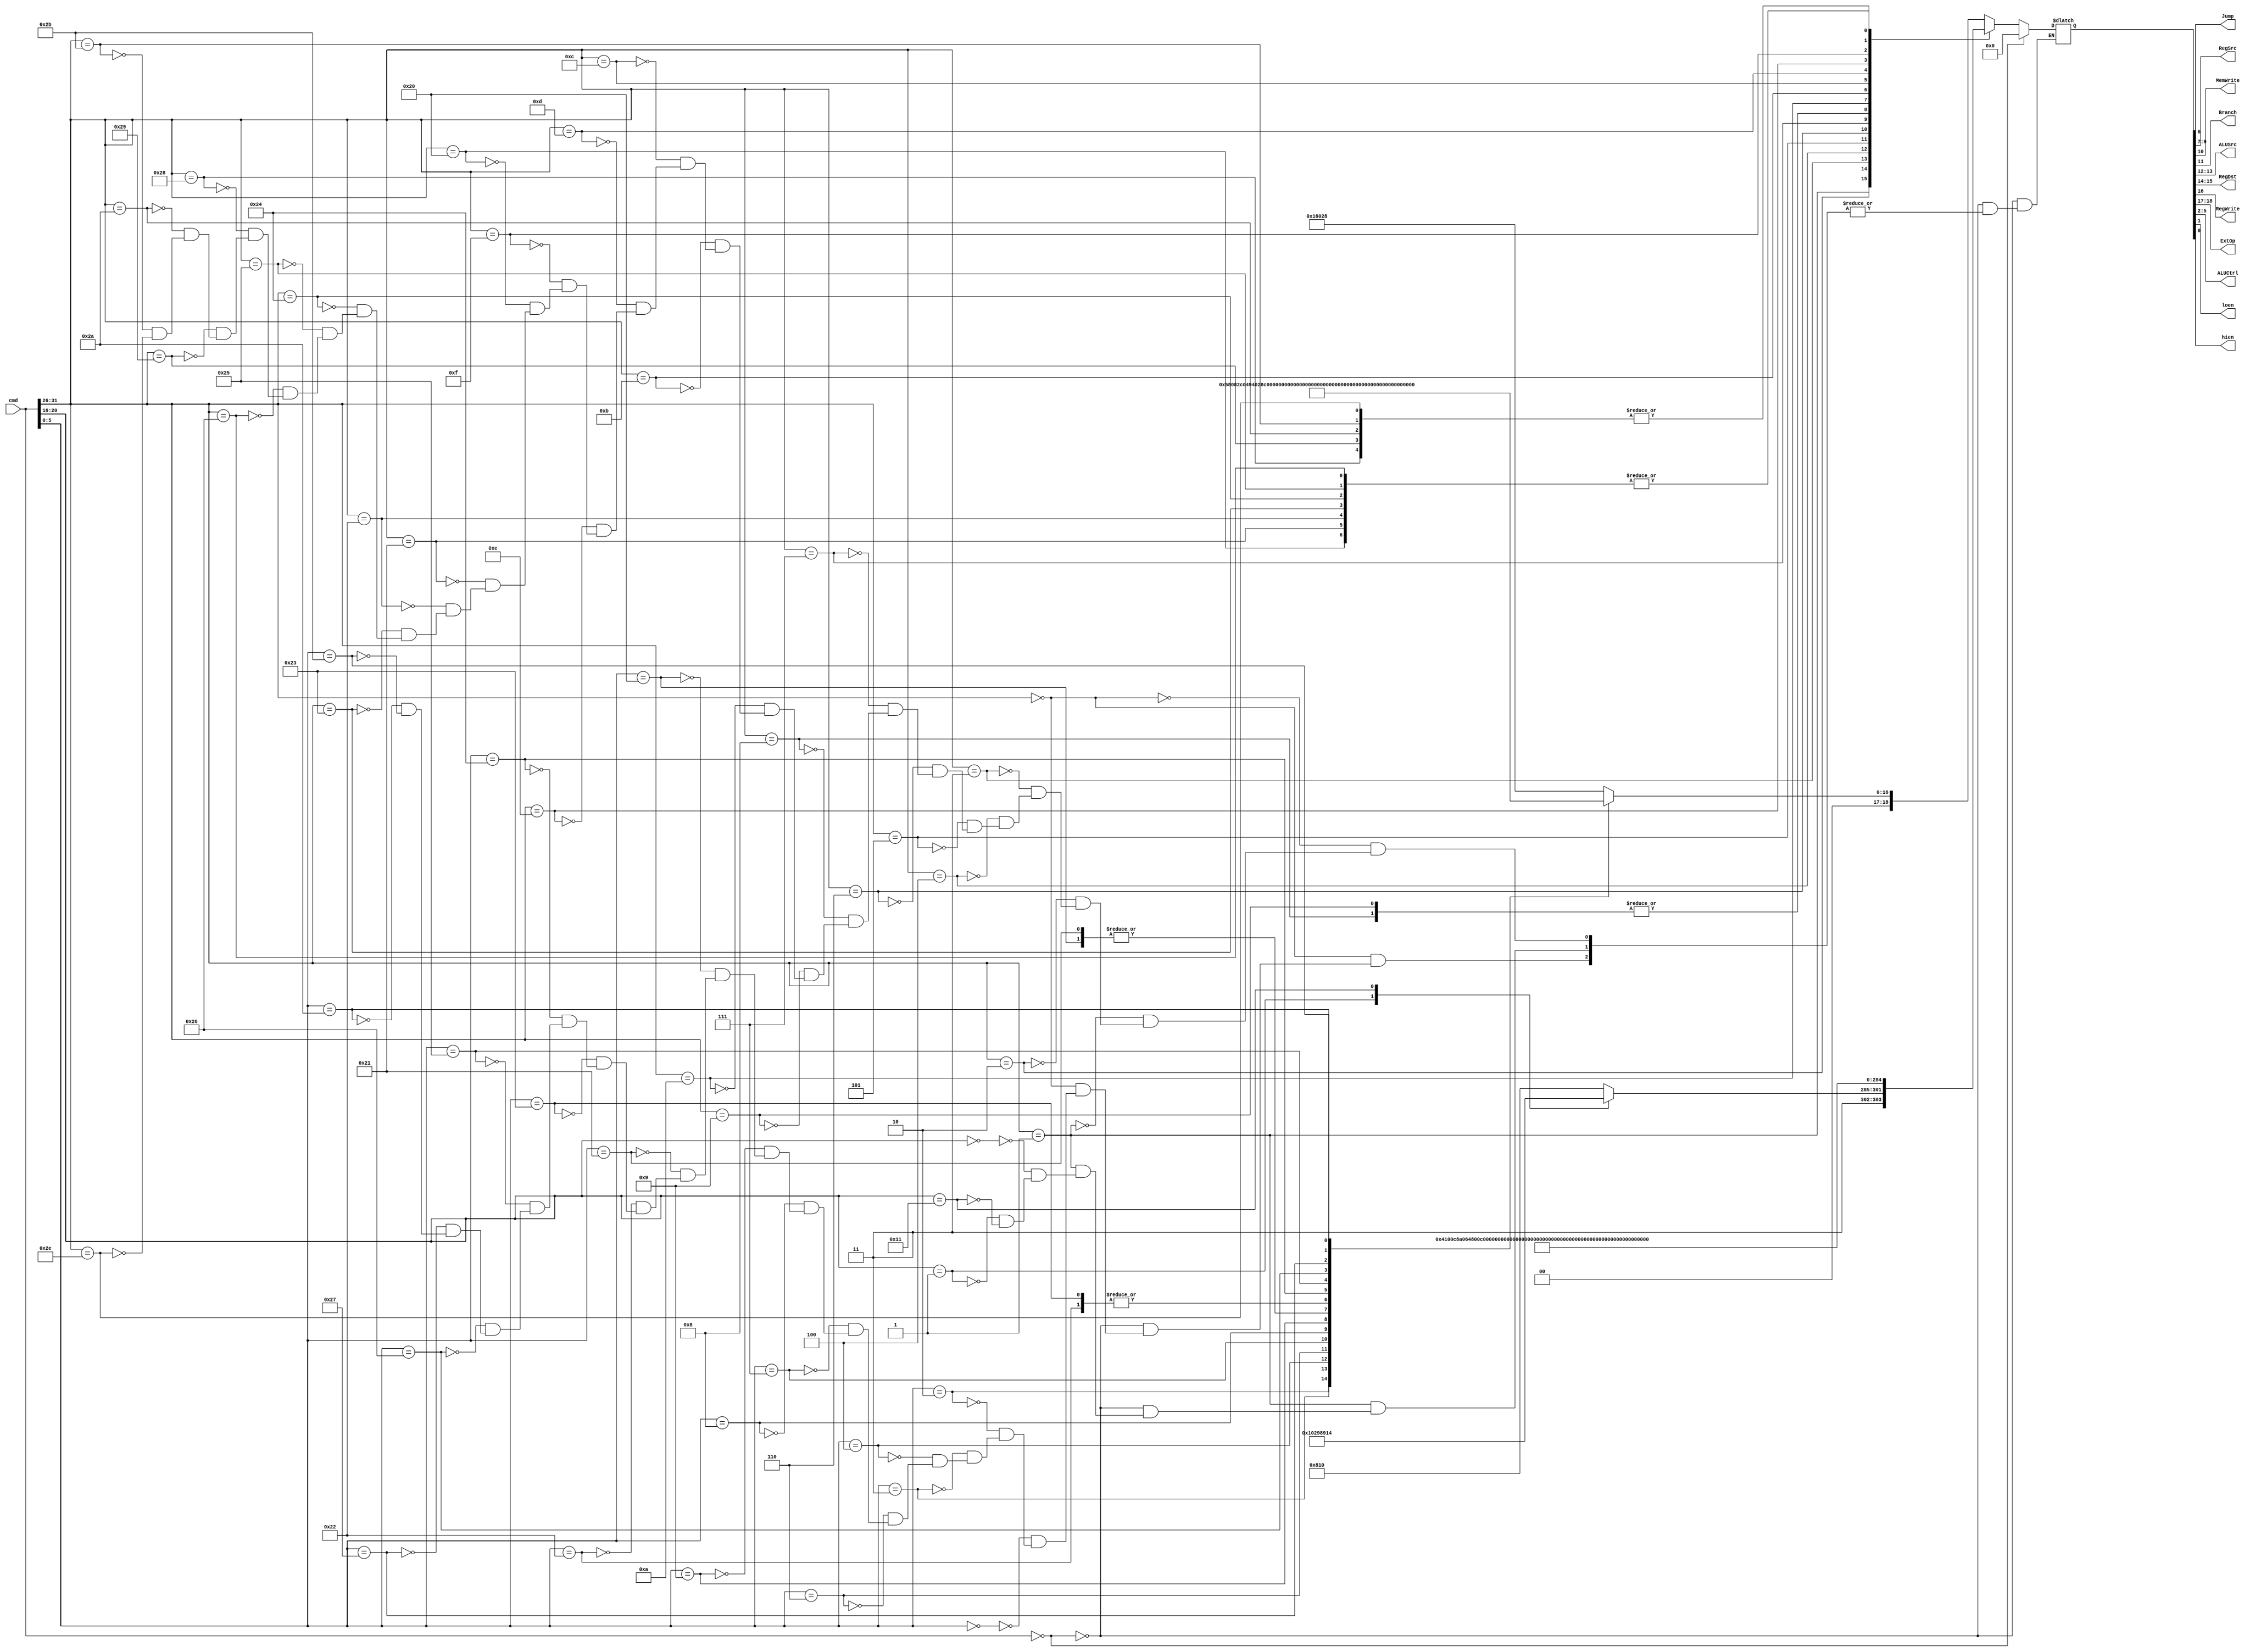
`timescale 1ns / 1ns

module Controller(
input [31:0]cmd,
output Jump,
output [2:0]RegSrc,
output MemWrite,
output Branch,
output [1:0]ALUSrc,
output [1:0]RegDst,
output RegWrite,
output [1:0]ExtOp,
output [3:0]ALUCtrl,
output loen,
output hien
);
    //{ext,RegWrite,[1:0]RegDst,[1:0]ALUSrc,Branch,MemWrite,[2:0]RegSrc,Jump,[3:0]ALUCtrl,hilo,}
	 reg [18:0]temp;
	 always @(cmd) begin
	     if(cmd==0) temp=0;//nop
	     else case(cmd[31:26])
		      0:case(cmd[5:0])
				    0:temp='b00_1_01_10_00_000_0_1010_00;//sll
					 2:temp='b00_1_01_10_00_000_0_1000_00;//srl
					 3:temp='b00_1_01_10_00_000_0_1001_00;//sra
					 4:temp='b00_1_01_00_00_000_0_1010_00;//sllv
					 6:temp='b00_1_01_00_00_000_0_1000_00;//srlv
					 7:temp='b00_1_01_00_00_000_0_1001_00;//srav
					 8:temp='b00_0_00_00_00_000_1_0000_00;//jr
					 9:temp='b00_1_01_00_00_010_1_0000_00;//jalr
					 /*16:temp='b00_1_01_00_00_100_0_0000_00;//mfhi 010000 mdsel=Intsr[1]
					 17:temp='b00_0_00_00_00_000_0_0000_01;//mthi 010001 isunsigned=Instr[0]
					 18:temp='b00_1_01_00_00_011_0_0000_00;//mflo 010010
					 19:temp='b00_0_00_00_00_000_0_0000_10;//mtlo 010011
					 24:temp='b00_0_01_00_00_000_0_0000_11;//mult 011000
					 25:temp='b00_0_01_00_00_000_0_0000_11;//multu 011001
					 26:temp='b00_0_01_00_00_000_0_0000_11;//div  011010
					 27:temp='b00_0_01_00_00_000_0_0000_11;//divu 011011*/
					 32:temp='b00_1_01_00_00_000_0_0010_00;//add
					 33:temp='b00_1_01_00_00_000_0_0010_00;//addu
					 34:temp='b00_1_01_00_00_000_0_0011_00;//sub
					 35:temp='b00_1_01_00_00_000_0_0011_00;//subu
					 36:temp='b00_1_01_00_00_000_0_0100_00;//and
					 37:temp='b00_1_01_00_00_000_0_0101_00;//or
					 38:temp='b00_1_01_00_00_000_0_0110_00;//xor
					 39:temp='b00_1_01_00_00_000_0_0111_00;//nor
					 42:temp='b00_1_01_00_00_000_0_1100_00;//slt
					 43:temp='b00_1_01_00_00_000_0_1101_00;//sltu
				endcase
				1:case(cmd[20:16])
				    0:temp='b11_0_00_00_10_000_0_0100_00;//bltz
					1:temp='b11_0_00_00_10_000_0_0101_00;//bgez
					17:temp='b11_1_10_00_10_010_0_0101_00;//bgezal
				endcase
				//{[1:0]ext,RegWrite,[1:0]RegDst,[1:0]ALUSrc,Branch,MemWrite,[2:0]RegSrc,Jump,[3:0]ALUCtrl}
				2:temp='b00_0_00_01_00_000_1_0000_00;//j
				3:temp='b00_1_10_01_00_010_1_0000_00;//jal
				4:temp='b11_0_01_00_10_000_0_0000_00;//beq
				5:temp='b11_0_01_00_10_000_0_0001_00;//bne
				6:temp='b11_0_00_00_10_000_0_0010_00;//blez
				7:temp='b11_0_00_00_10_000_0_0011_00;//bgtz
				8:temp='b00_1_00_01_00_000_0_0010_00;//addi
				9:temp='b00_1_00_01_00_000_0_0010_00;//addiu
				10:temp='b00_1_00_01_00_000_0_1100_00;//slti//
				11:temp='b00_1_00_01_00_000_0_1101_00;//sltiu
				12:temp='b01_1_00_01_00_000_0_0100_00;//andi
				13:temp='b01_1_00_01_00_000_0_0101_00;//ori
				14:temp='b01_1_00_01_00_000_0_0110_00;//xori
				15:temp='b10_1_00_01_00_000_0_0101_00;//lui
				//16:
				//28:temp='b00_0_01_00_00_000_0_0000_11;//madd(u) attention:MUL Instr[1] stall()
				32:temp='b00_1_00_01_00_001_0_0010_00;//lb
				33:temp='b00_1_00_01_00_001_0_0010_00;//lh
				34:temp='b00_1_00_01_00_001_0_0010_00;//lwl
				35:temp='b00_1_00_01_00_001_0_0010_00;//lw
				36:temp='b00_1_00_01_00_001_0_0010_00;//lbu
				37:temp='b00_1_00_01_00_001_0_0010_00;//lhu
				38:temp='b00_1_00_01_00_001_0_0010_00;//lwr
				40:temp='b00_0_00_01_01_000_0_0010_00;//sb
				41:temp='b00_0_00_01_01_000_0_0010_00;//sh
				42:temp='b00_0_00_01_01_000_0_0010_00;//swl
				43:temp='b00_0_00_01_01_000_0_0010_00;//sw
				46:temp='b00_0_00_01_01_000_0_0010_00;//swr
		  endcase
	 end
	 assign {ExtOp,RegWrite,RegDst,ALUSrc,Branch,MemWrite,RegSrc,Jump,ALUCtrl,loen,hien}=temp;
endmodule